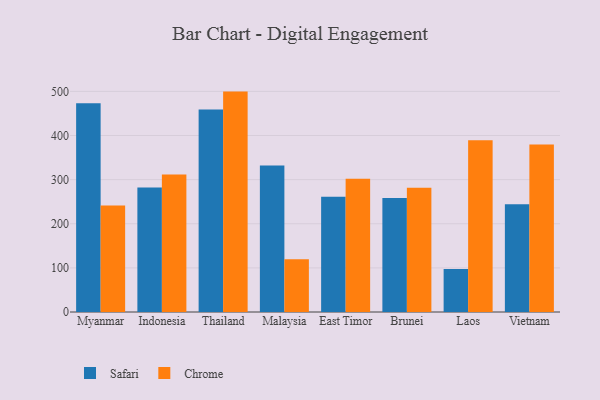
{"axis": {"x": "Country", "y": "Shipments"}, "legend": ["Chrome", "Safari"], "data": [{"x": "Myanmar", "y": 473.2, "type": "Safari"}, {"x": "Myanmar", "y": 241.4, "type": "Chrome"}, {"x": "Indonesia", "y": 282.1, "type": "Safari"}, {"x": "Indonesia", "y": 311.7, "type": "Chrome"}, {"x": "Thailand", "y": 459.1, "type": "Safari"}, {"x": "Thailand", "y": 499.5, "type": "Chrome"}, {"x": "Malaysia", "y": 332.2, "type": "Safari"}, {"x": "Malaysia", "y": 119.8, "type": "Chrome"}, {"x": "East Timor", "y": 261.0, "type": "Safari"}, {"x": "East Timor", "y": 301.8, "type": "Chrome"}, {"x": "Brunei", "y": 258.4, "type": "Safari"}, {"x": "Brunei", "y": 281.5, "type": "Chrome"}, {"x": "Laos", "y": 97.7, "type": "Safari"}, {"x": "Laos", "y": 389.1, "type": "Chrome"}, {"x": "Vietnam", "y": 244.4, "type": "Safari"}, {"x": "Vietnam", "y": 379.4, "type": "Chrome"}]}